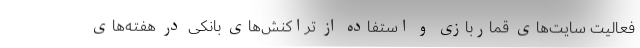
فعالیت سایت‌های قماربازی و استفاده از تراکنش‌های بانکی در هفته‌های